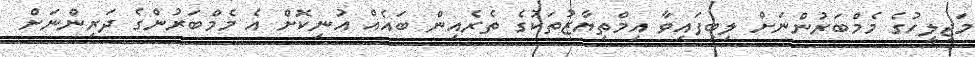
މަޖިލީހުގެ މެމްބަރުންނަށް ލިބިފައިވާ އިމްތިޔާޒުތަކުގެ ތެރެއިން ބައެއް އުނިކޮށް އެ މެމްބަރުންގެ ދަރިންނަށް